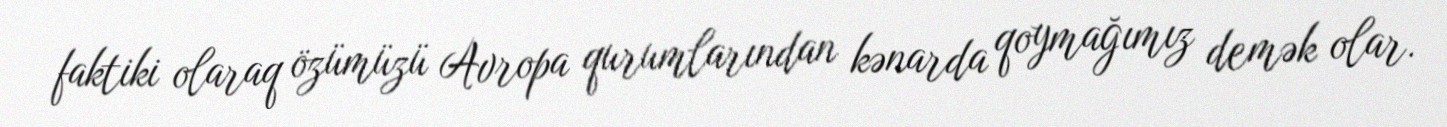
faktiki olaraq özümüzü Avropa qurumlarından kənarda qoymağımız demək olar.